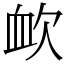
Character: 欰